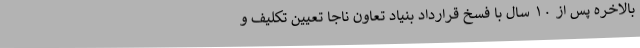
بالاخره پس از ۱۰ سال با فسخ قرارداد بنیاد تعاون ناجا تعیین تکلیف و